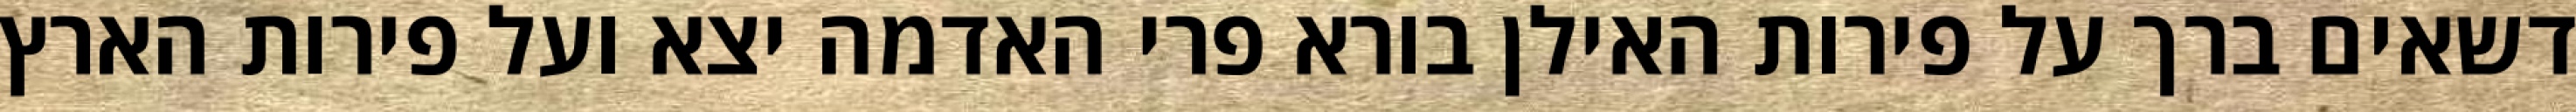
דשאים ברך על פירות האילן בורא פרי האדמה יצא ועל פירות הארץ